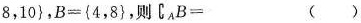
8，10}，B={4，8}，则 \complement_{A} B= ()